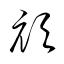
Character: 頏